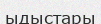
ыдыстары